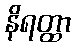
နိရတ္ထာ